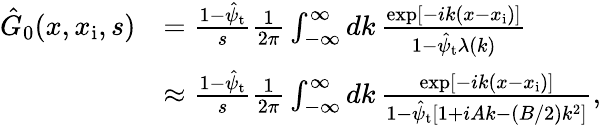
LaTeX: \begin{array}{rl}{\hat{G}_{0}(x,x_{\mathrm{i}},s)}&{=\frac{1-\hat{\psi}_{\mathrm{t}}}{s}\frac{1}{2\pi}\int_{-\infty}^{\infty}dk\, \frac{\exp[-ik(x-x_{\mathrm{i}})]}{1-\hat{\psi}_{\mathrm{t}}\lambda(k)}}\\ &{\approx\frac{1-\hat{\psi}_{\mathrm{t}}}{s}\frac{1}{2\pi}\int_{-\infty}^{\infty}dk\, \frac{\exp[-ik(x-x_{\mathrm{i}})]}{1-\hat{\psi}_{\mathrm{t}}\left[1+iAk-(B/2)k^{2}\right]},}\end{array}